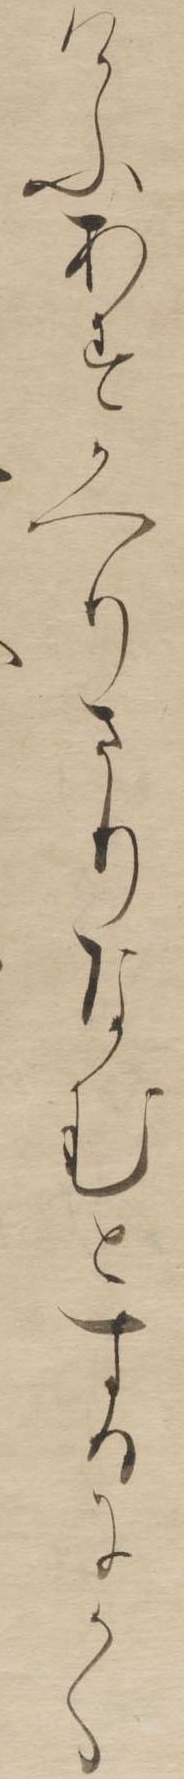
けふあすかへりさりなむとするにかく